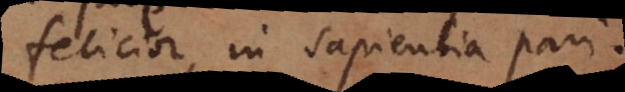
felicior, in sapientia pari.